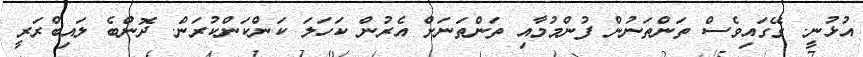
އުޅުނީ. ގޭގައިވެސް ތަންތަނުން ފުންމުމާއި ތަންތަނަށް އެރުން ކަހަލަ ކަންކަންކުރަން. ދޮންބެ ލައިބްރަރީ